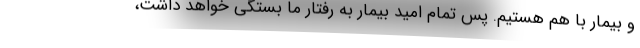
و بیمار با هم هستیم. پس تمام امید بیمار به رفتار ما بستگی خواهد داشت،